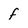
Character: f